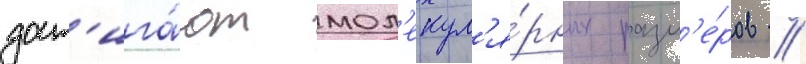
дост'ига́ют мол'екул'я́рных разм'е́ров //